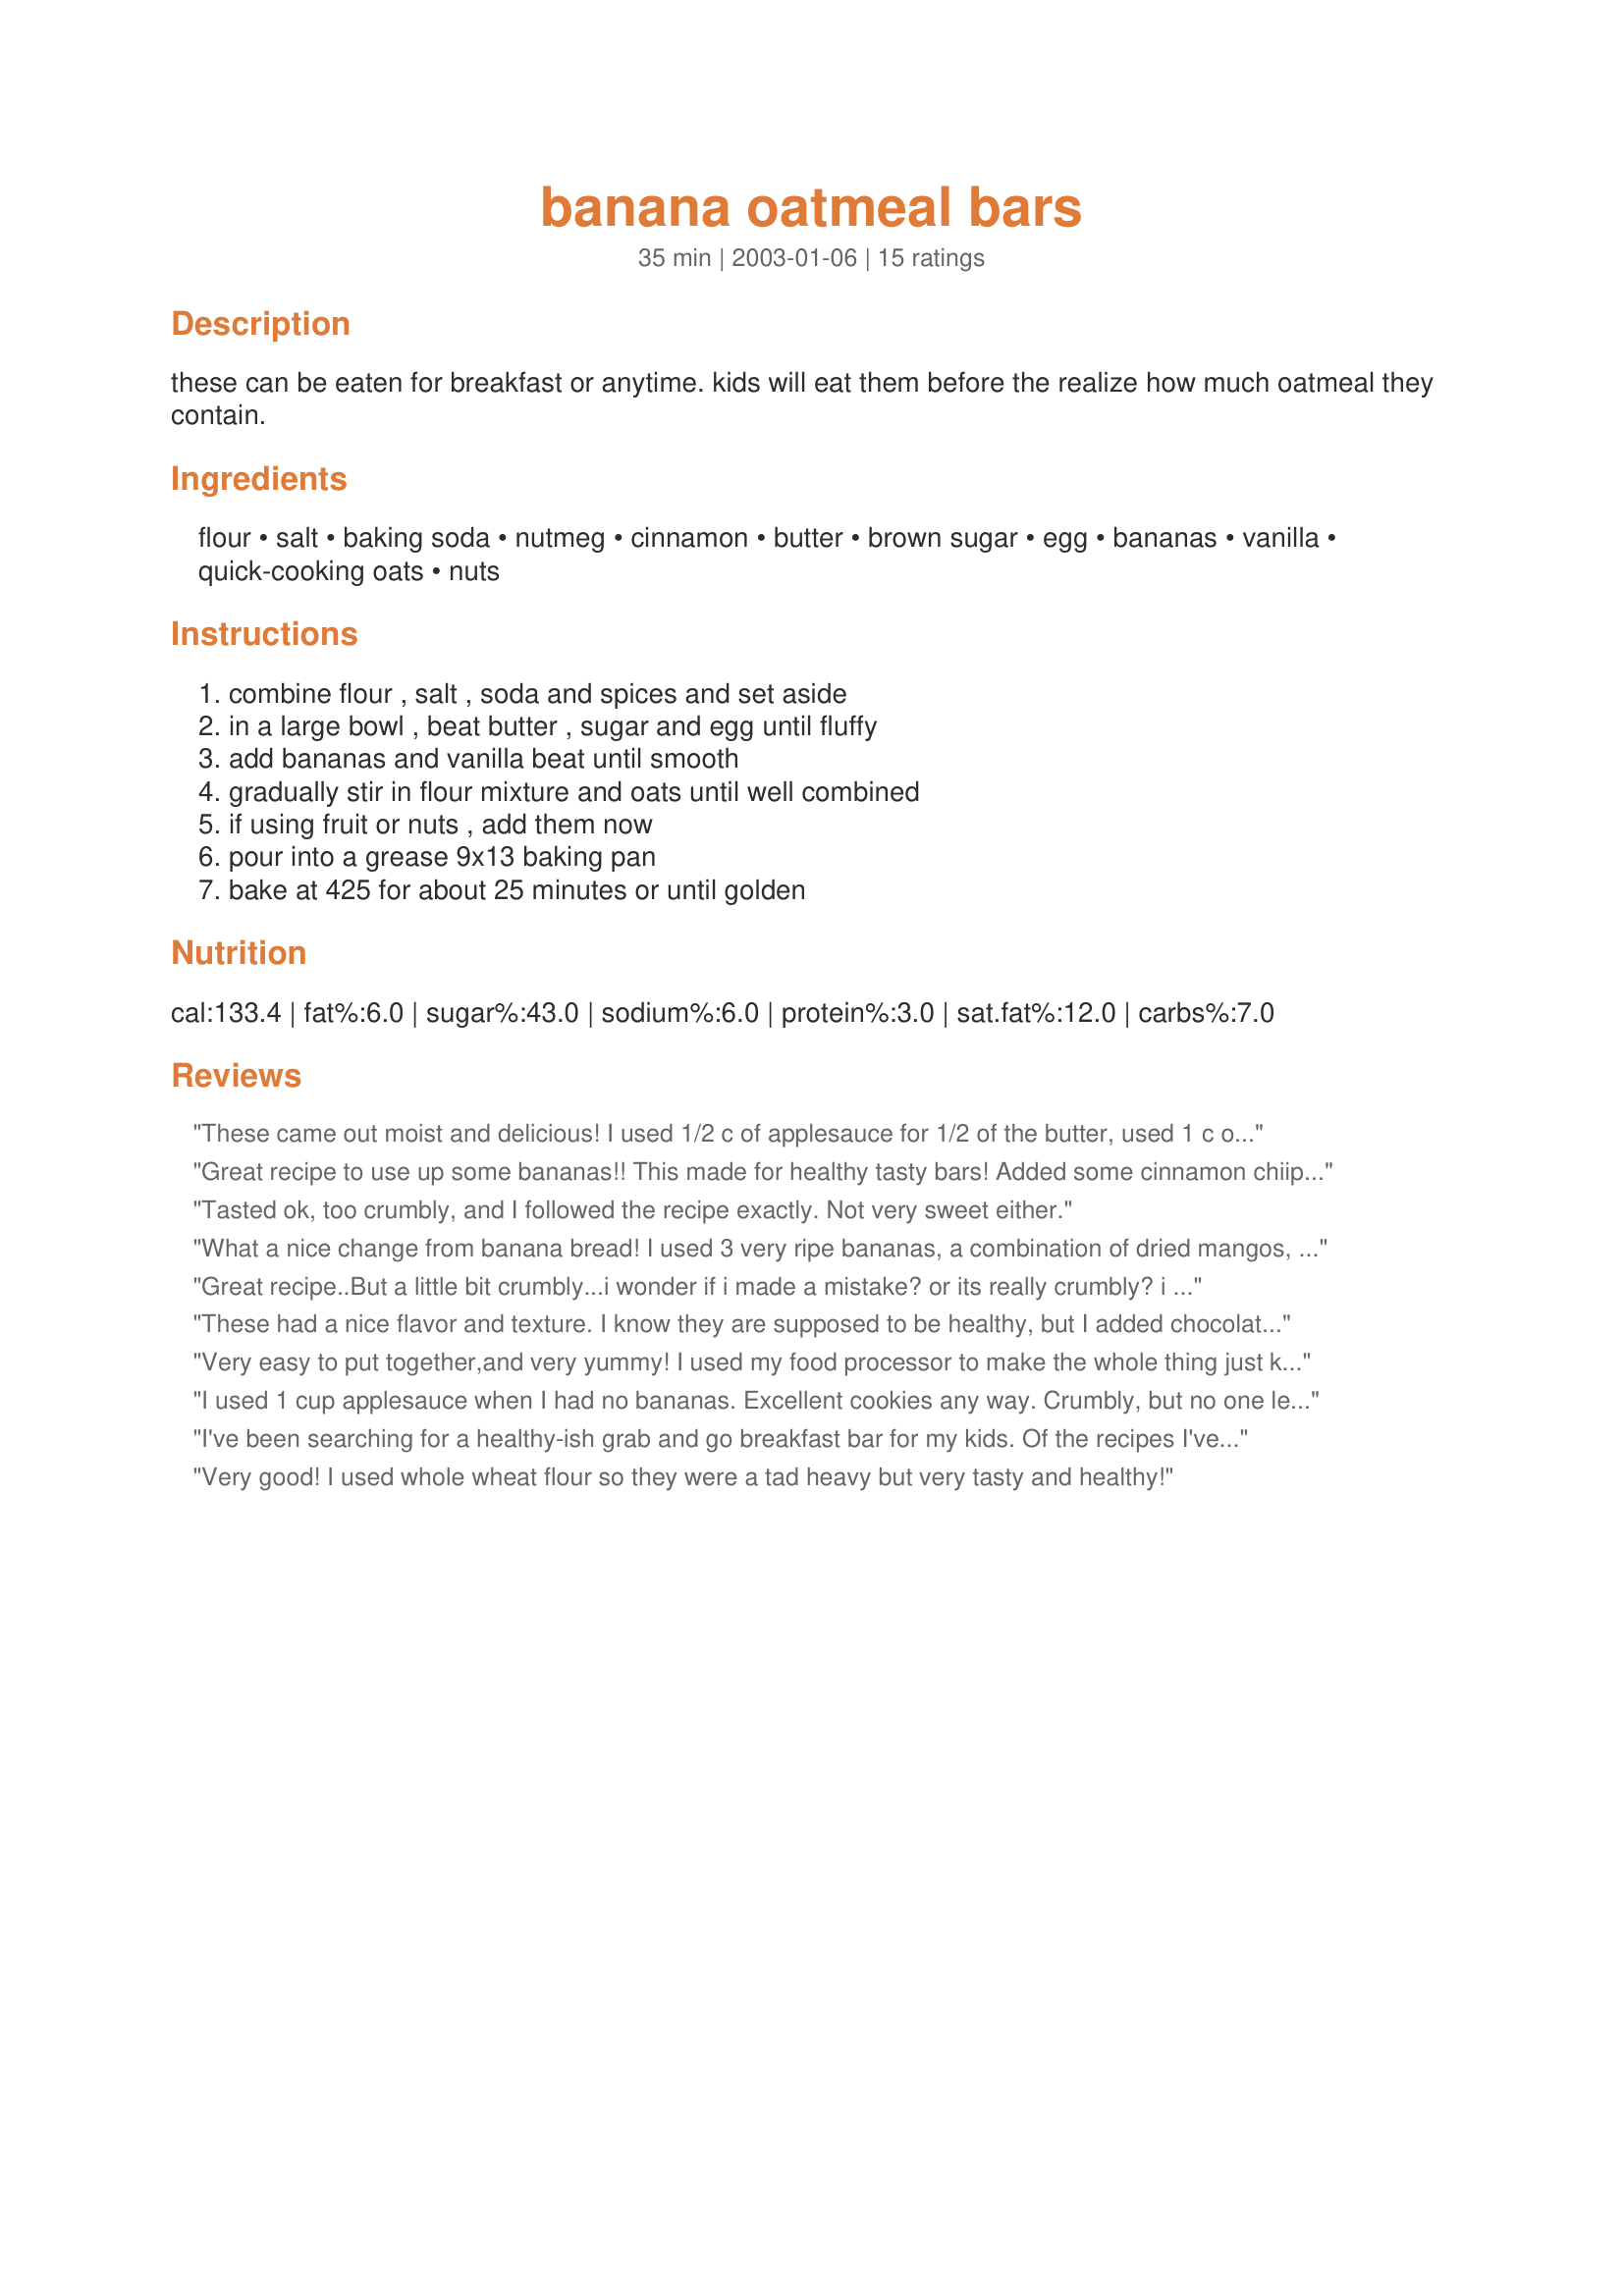
banana oatmeal bars
Preparation time: 35 minutes

these can be eaten for breakfast or anytime. kids will eat them before the realize how much oatmeal they contain.

Ingredients:
flour, salt, baking soda, nutmeg, cinnamon, butter, brown sugar, egg, bananas, vanilla, quick-cooking oats, nuts

Steps:
combine flour , salt , soda and spices and set aside, in a large bowl , beat butter , sugar and egg until fluffy, add bananas and vanilla beat until smooth, gradually stir in flour mixture and oats until well combined, if using fruit or nuts , add them now, pour into a grease 9x13 baking pan, bake at 425 for about 25 minutes or until golden

Reviews:
These came out moist and delicious! I used 1/2 c of applesauce for 1/2 of the butter, used 1 c of whole wheat flour & 1/2 c of white, threw in some raisins & sunflower seeds (for crunch). I'm eating them right now, warm out of the oven & they really are yummy. Not too sweet (I used 4 pretty ripe bananas). What a great change of pace your typical banana bread/muffin circuit. Thanks!
Great recipe to use up some bananas!! This made for healthy tasty bars! Added some cinnamon chiips to the mix instead of the cinnamon. Baked at 350 for about 30 minutes! Thanks! :)
Tasted ok, too crumbly, and I followed the recipe exactly. Not very sweet either.
What a nice change from banana bread! I used 3 very ripe bananas, a combination of dried mangos, papaya and pineapple and no nuts. The bars turned out great, and I remembered my mother's recipe for broiled icing from years ago and put that on top while it was still warm. 1/4 cup melted butter, 2/3 cup brown sugar, 2 tbsp milk and 3/4 cup of sliced almonds. Spread over the cake and broil for 1 to 2 minutes. Just the right touch in our family's opinion. Thanks for a nice new alternative to banana bread or muffins. Carole in Orlando
Great recipe..But a little bit crumbly...i wonder if i made a mistake? or its really crumbly? i use 4 bananas. 2 super ripe ones and 2 semi ripe. It made my bars too sweet. Next time, reduce sugar if you're gonna use super Ripe bananas. I'll definitely gonna bake this again
These had a nice flavor and texture. I know they are supposed to be healthy, but I added chocolate chips! Yum.
Very easy to put together,and very yummy! I used my food processor to make the whole thing just kept adding the ingredients in order. I used about 1/2 cup of mixed fruit and 4 bananas, and it turned out fantasticly, my dh and the kids couldn't wait for it to cool!
I used 1 cup applesauce when I had no bananas. Excellent cookies any way. Crumbly, but no one leaves the crumbs behind.
I've been searching for a healthy-ish grab and go breakfast bar for my kids. Of the recipes I've tried, these have been the biggest hit. My substitutions have been old fashioned oats (not the quick cooking ones) and whole wheat flour. They are a bit dense but I actually like them like that and they aren't as crumbly once cooled. My younger girls like them with chocolate chips sprinkled on top (before baking) and my older girls like them baked plain but smeared with Nutella before eating. (go figure - lol) Excellent recipe in my opinion. Thank you for sharing!!! <3
Very good! I used whole wheat flour so they were a tad heavy but very tasty and healthy!
This was good! My daughter and her friend enjoyed them. Next time I will make it as muffins instead.
This is a big hit in our house! I use 4 large bananas, 1 cup flour, 2 cups oats, replaced the butter and egg with 1 cup unsweetened applesauce, skipped the sugar completely, and doubled the spices- in other words, no fat, no processed sugar, just fruit and oaty goodness. Both the 10 y/o and the two grandbabies 2 1/2 and 1 1/2 think they are wonderful for both breakfast and snacks. A definite keeper.
Thanks for this recipe! My family loved it! I substituted one half cup of the flour with whole wheat and dropped the cinnamon to 1/2 tsp. Also added strawberry preserves layered in the middle before baking. Delicious recipe!
Wonderful recipe! I'm always looking for recipes with oatmeal and this one is a keeper. Very good, I added about a third of a cup of chopped pecans to the basic recipe. Thanks SJG3483!
Great! These were easy to make and good to eat! I made the exact recipe (except I added chocolate chips instead of nuts or fruit) and I had no trouble with dryness or crumbly texture, they are well formed bars that are moist and hold together well. I agree that these bars are a good alternative to a traditional oatmeal muffin and a great way to use up ripe bananas! Thanks for posting this recipe, I will make it again.
